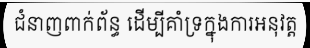
ជំនាញពាក់ព័ន្ធ ដើម្បីគាំទ្រក្នុងការអនុវត្ត